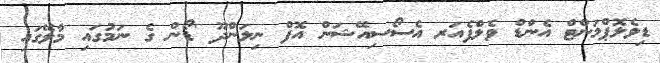
ޑިވެލޮޕްމަންޓް އެންޑް ވެލްފެއަރ އެސޯސިއޭޝަން އޮފް ނިލަންދޫ 'ޑޯން ގެ ނަމުގައި މާލޭގައި